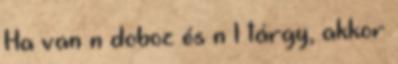
Ha van n doboz és n 1 tárgy, akkor